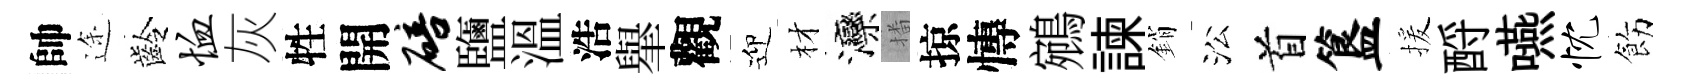
帥途齡恤灰牲開碚鹽溫浩𦦙觀迎材灤播掠慱鵷諫銷㳂首簋援酹嚥忱飭